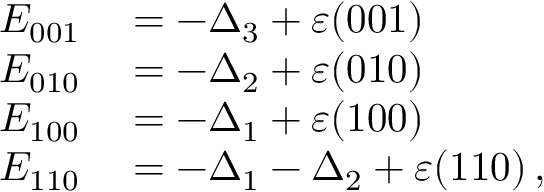
\begin{array} { r l } { E _ { 0 0 1 } } & { { } = - \Delta _ { 3 } + \varepsilon ( 0 0 1 ) } \\ { E _ { 0 1 0 } } & { { } = - \Delta _ { 2 } + \varepsilon ( 0 1 0 ) } \\ { E _ { 1 0 0 } } & { { } = - \Delta _ { 1 } + \varepsilon ( 1 0 0 ) } \\ { E _ { 1 1 0 } } & { { } = - \Delta _ { 1 } - \Delta _ { 2 } + \varepsilon ( 1 1 0 ) \, , } \end{array}